Scottish Certificate of Education, 1962
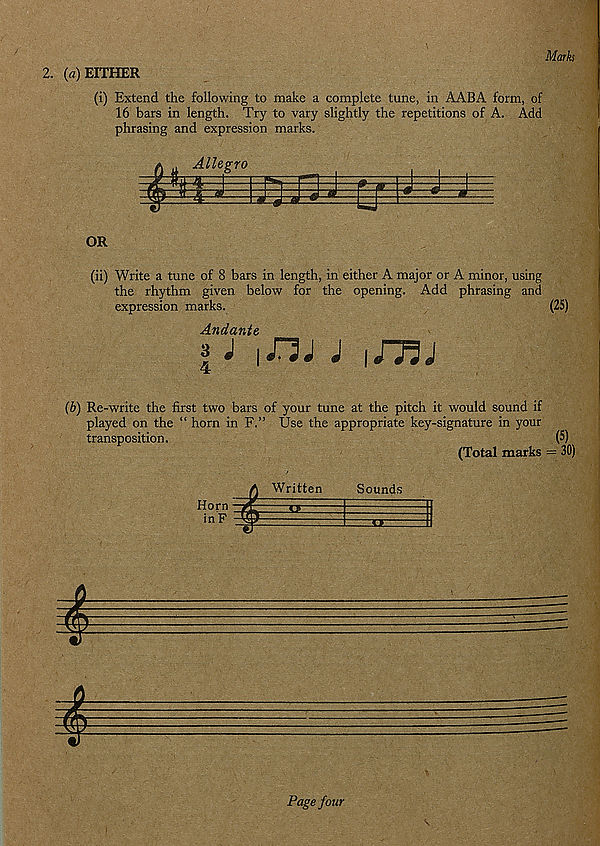
Mark
2. (a) EITHER
(i) Extend the following to make a complete tune, in AABA form, of
16 bars in length. Try to vary slightly the repetitions of A. Add
phrasing and expression marks.
OR
(ii) Write a tune of 8 bars in length, in either A major or A minor, using
the rhythm given below for the opening. Add phrasing and
expression marks.
(25)
Andante
| J
J
iJTIJ
{b) Re-write the first two bars of your tune at the pitch it would sound if
played on the “ horn in F.” Use the appropriate key-signature in your
transposition.
(5)
(Total marks = 30)
Horn
in F
Written
Sounds
ice:
Page four